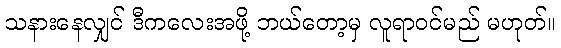
သနားနေလျှင် ဒီကလေးအဖို့ ဘယ်တော့မှ လူရာဝင်မည် မဟုတ်။